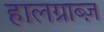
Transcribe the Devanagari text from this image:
हालग्राब्ज़